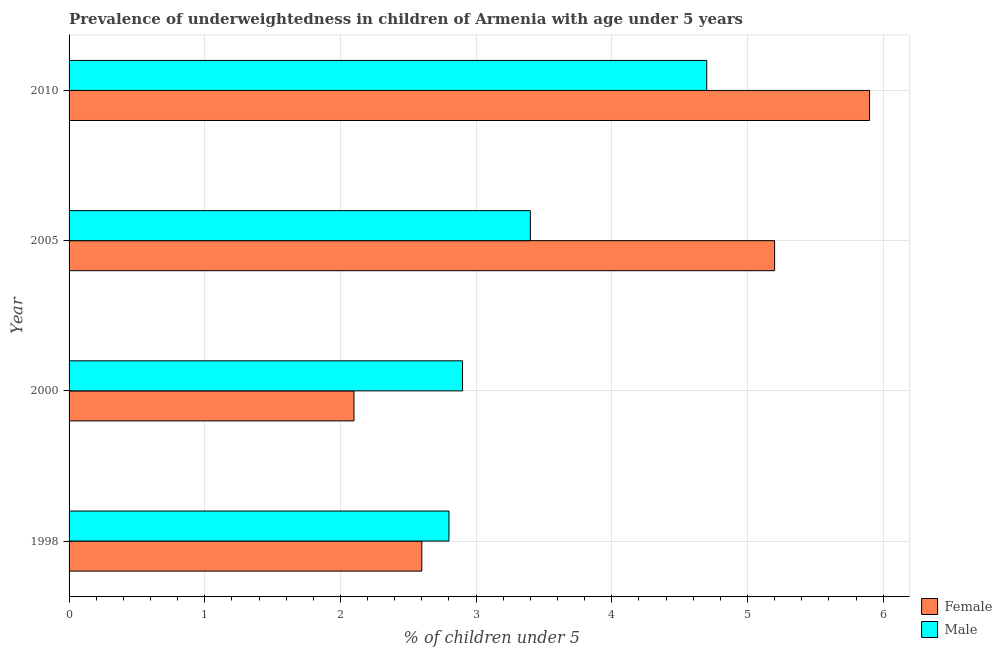
| Year | Female | Male |
 | --- | --- | --- |
 | 1998 | 2.6 | 2.8 |
 | 2000 | 2.1 | 2.9 |
 | 2005 | 5.2 | 3.4 |
 | 2010 | 5.9 | 4.7 |